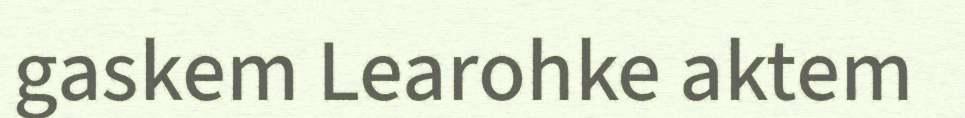
gaskem Learohke aktem